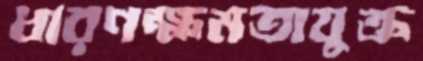
ধারণক্ষমতাযুক্ত